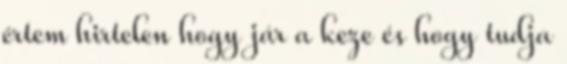
értem hirtelen hogy jár a keze és hogy tudja